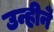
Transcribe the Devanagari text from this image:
उन्हीने